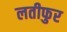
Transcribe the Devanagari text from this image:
लतीफुर